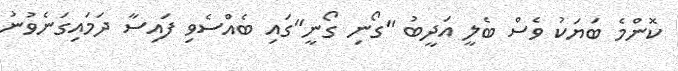
ކޮންމެ ބަޔަކު ވެސް ބެލީ އަދީބު "ގޯނި ގޯނީ"ގައި ބެއްސެވި ފައިސާ ދަމައިގަނެވުނު